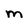
Character: M